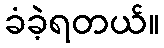
ခံခဲ့ရတယ်။